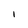
Character: i